Madras plague regulations in force outside the Presidency town - Volume 6
Disease focus: Plague
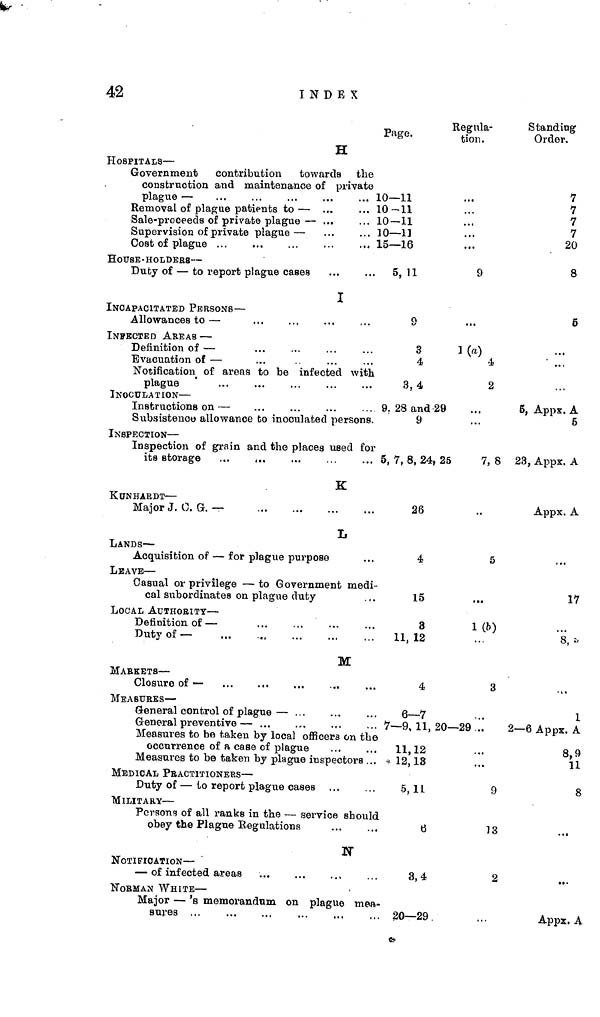
42
INDEX
H
HOSPITALS —
Government
contribution
towards the
construction and maintenance of private
plague —
Removal of plague patients to — ...
Sale-proceeds of private plague —
Supervision of private plague —
Cost of plague
HOUSE -HOLDEES —
Duby of — to report plague cases
I
INCAPACITATED PERSONS —
Allowances to —
INFECTED AREAS —
Definition of —
Evacuation of —
Notification of areas to be infected witH
plague
INOCULATION —
Instructions on —
Subsistence allowance to inoculated persons
INSPECTION —
Inspection of grain and the places used fo:
its storage
...
,
,
K
KüNHARDT —
Major J. O.G. —
L
LANDS —
Acquisition of — for plague purpose
LEAVE —
Casual or privilege — to Government med
cal subordinates on plague duty
LOCAL AUTHORITY —
Definition of —
Duty of—
M
MAEKETS —
Closure of —
MEASURES —
General control of plague — ...
General preventive — ...
Measures to be taken by local officers on the
occurrence of a case of plague
Measures to be taken by plague inspectors .
MEDICAL PRACTITIONERS —
Duty of — to report plague cases
MILITARY —
Persons of all ranks in the — service shou
obey the Plague Regulations
N
NOTIFICATION —
— of infected areas
NORMAN WHITE—
Major — 's memorandum on plague mea
sures ...
Page.
10—11
10 --11
10-11
10—11
15—16
. 5,11
o
3
4
H
3,4
9. 28 and 29
9
r
5, 7, 8, 24, 2
26
4
15
3
,
11, 12
4
6—7
... 7—9, 11,2
11,12
.. * 12,13
5,11
.Id
6
3,4
... 20—29
»
Regula-
tion .
...
...
...
9
...
1(a)
4
2
¡5
7, 8
••
5
...
1 (b)
3
0—29 '.'.
...
...
9
13
2
Standing
Order.
7
7
7
7
20
8
6
...
5, Appx. A
5
23, Appx. A
Appx. A
17
8,
1
2—6 Appx. A
8,9 7
11
8
...
...
Appx. A